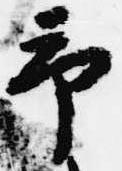
予